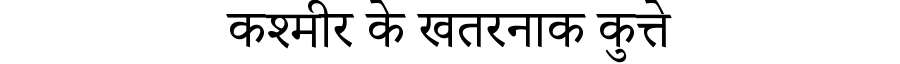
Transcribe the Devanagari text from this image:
कश्मीर के खतरनाक कुत्ते